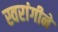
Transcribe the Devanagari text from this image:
स्वरांगीने